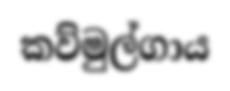
කව්මුල්ගාය